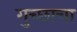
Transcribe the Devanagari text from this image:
गुच्छाचा